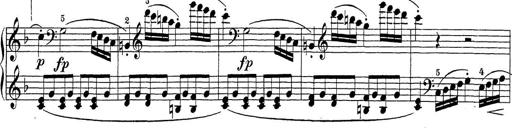
Title: Sonatina Album
Composer: Louis KÃ¶hler